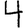
Digit: 4